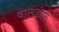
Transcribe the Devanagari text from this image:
वालडोर्फ़